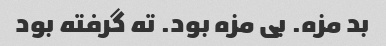
بد مزه. بی مزه بود. ته گرفته بود